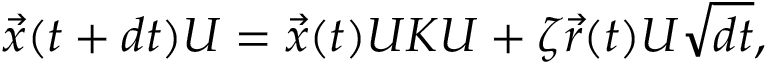
\begin{array} { r } { \vec { x } ( t + d t ) U = \vec { x } ( t ) U K U + \zeta \vec { r } ( t ) U \sqrt { d t } , } \end{array}